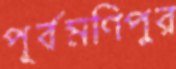
পূর্বমণিপুর